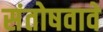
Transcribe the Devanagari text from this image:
संतोषवावे